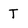
Character: T